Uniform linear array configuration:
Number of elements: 16
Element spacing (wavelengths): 0.75
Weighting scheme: hamming
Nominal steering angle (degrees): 60
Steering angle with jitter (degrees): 59.428
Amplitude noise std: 0.05
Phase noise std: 0.05

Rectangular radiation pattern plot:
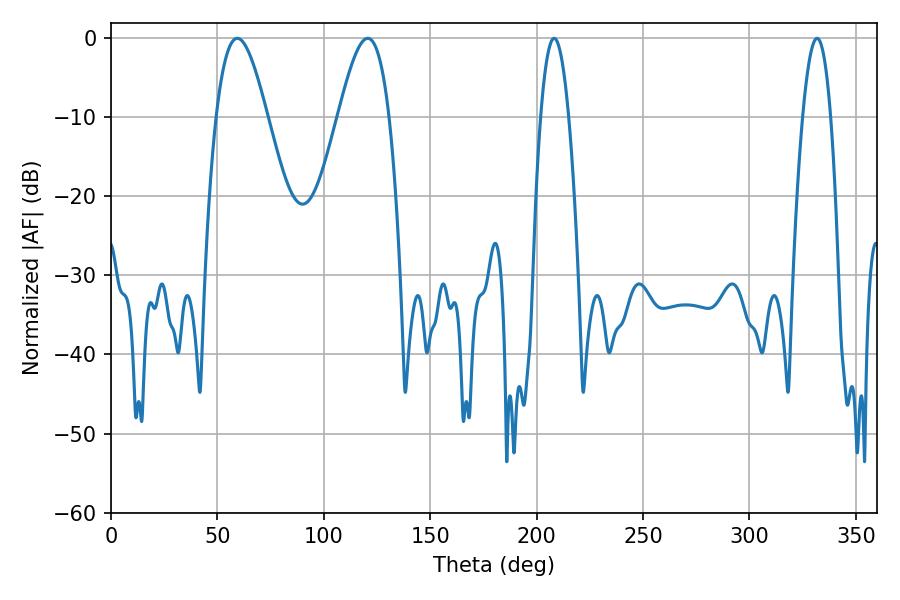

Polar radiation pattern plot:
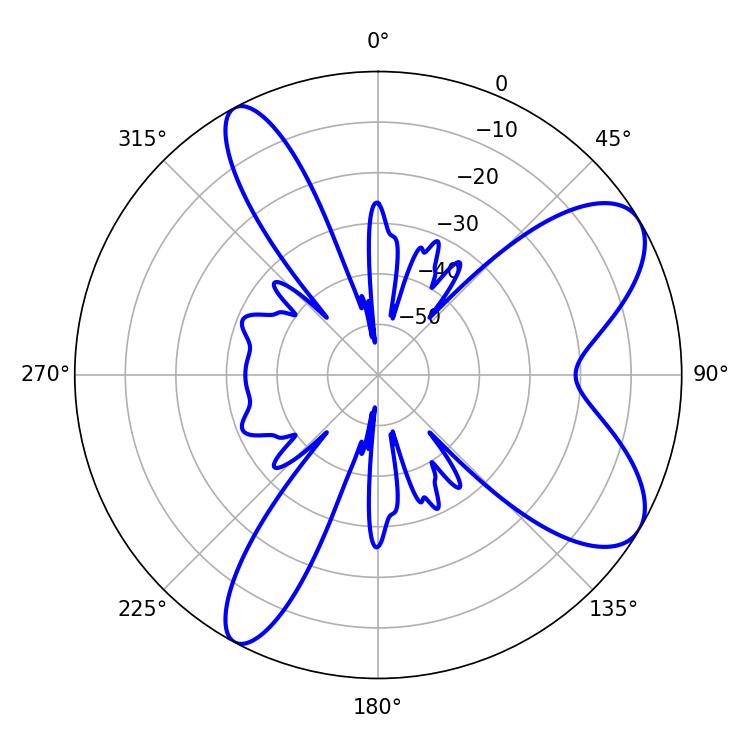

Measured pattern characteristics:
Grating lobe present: TRUE
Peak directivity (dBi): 8.217
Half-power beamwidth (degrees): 12.96
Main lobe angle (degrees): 59.4